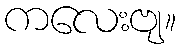
ကလေးဗျ။